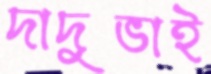
দাদুভাই